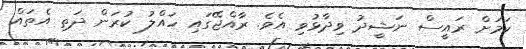
ކަމަށް ރައީސް ނަޝީދު ވިދާޅުވި އެވެ. ރާއްޖޭގައި ހައްލު ކުރަން ދަތި އެތައް